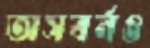
অসবর্নও